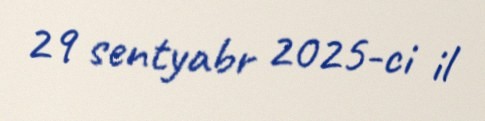
29 sentyabr 2025-ci il